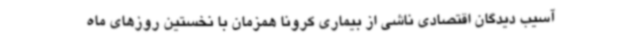
آسیب دیدگان اقتصادی ناشی از بیماری کرونا همزمان با نخستین روزهای ماه